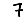
Digit: 7